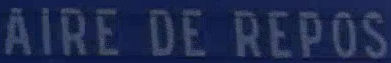
AIRE DE REPOS